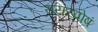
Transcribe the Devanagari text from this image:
रायस्पोषं